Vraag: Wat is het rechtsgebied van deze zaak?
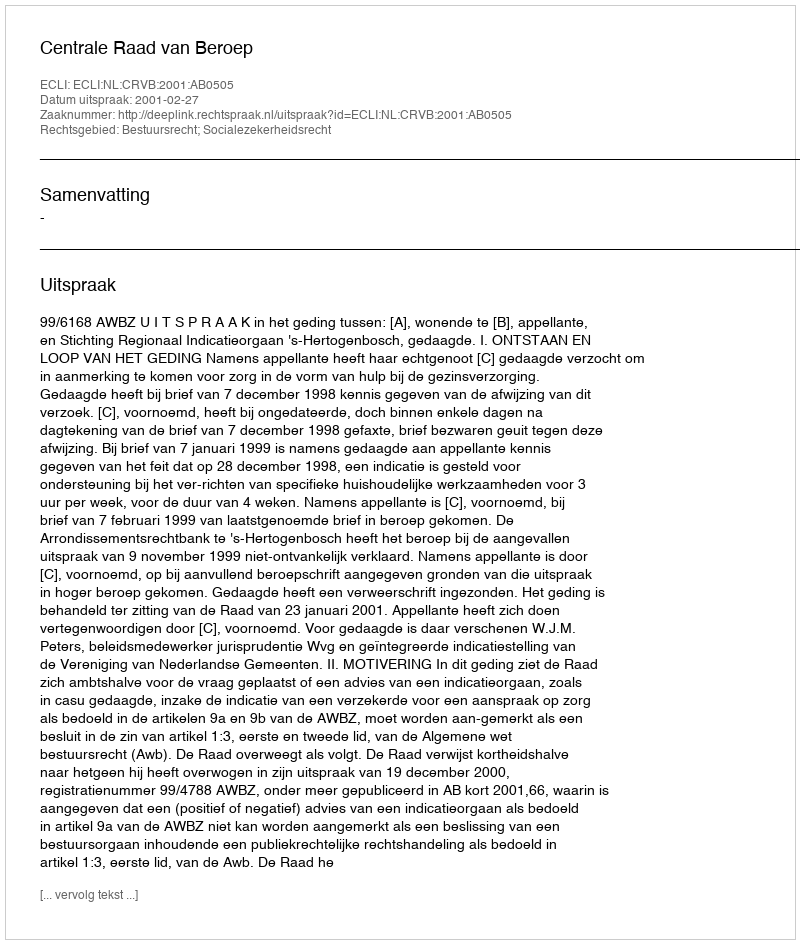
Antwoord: Bestuursrecht; Socialezekerheidsrecht